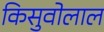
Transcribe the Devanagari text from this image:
किसुवोलाल